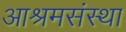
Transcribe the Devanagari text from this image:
आश्रमसंस्था